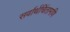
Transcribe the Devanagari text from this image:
सर्वार्थचिंतामणि